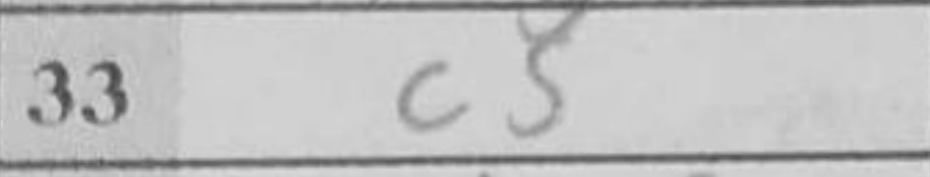
Transcription: g4